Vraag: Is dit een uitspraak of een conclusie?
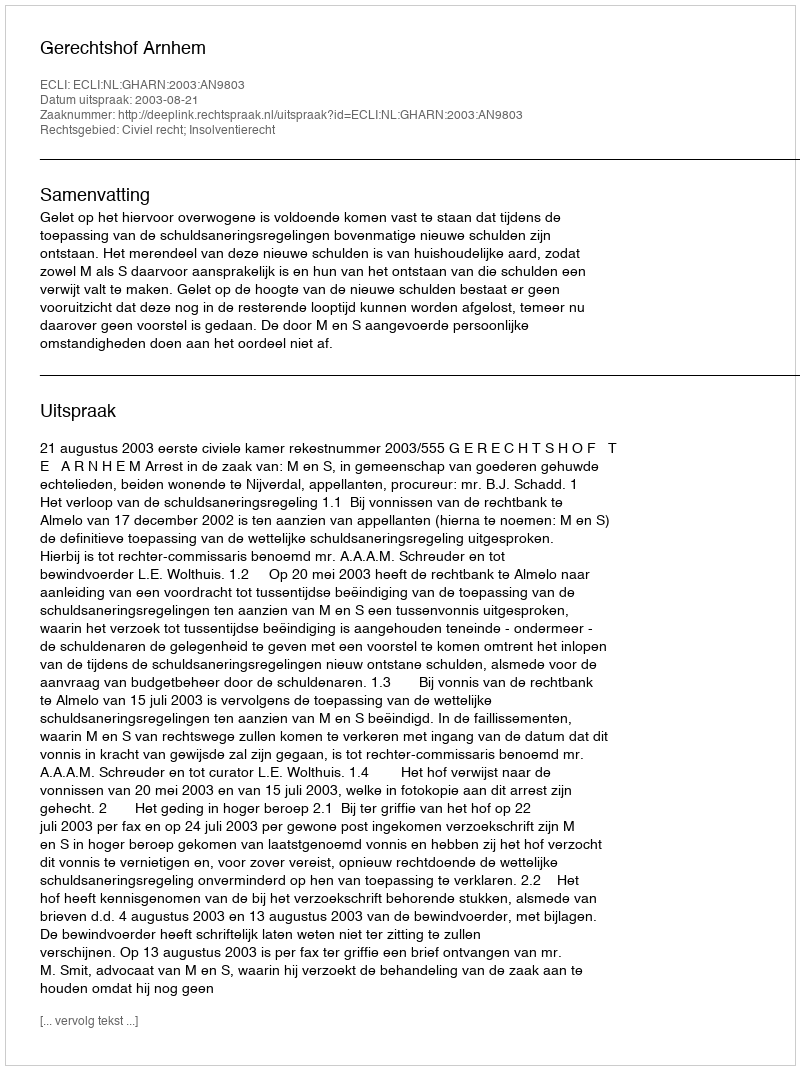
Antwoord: Uitspraak